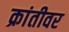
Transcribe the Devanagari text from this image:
क्रांतीवर